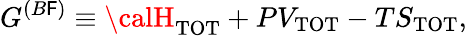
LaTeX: G^{(B\mathsf{F})}\equiv{\calH}_{\mathrm{{TOT}}}+PV_{\mathrm{{TOT}}}-TS_{\mathrm{{TOT}}},